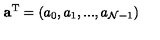
{ \bf a } ^ { \mathrm { T } } = ( a _ { 0 } , a _ { 1 } , . . . , a _ { { \cal N } - 1 } )